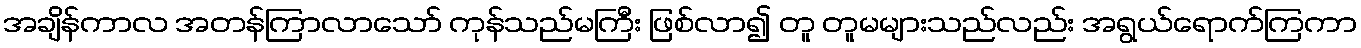
အချိန်ကာလ အတန်ကြာလာသော် ကုန်သည်မကြီး ဖြစ်လာ၍ တူ တူမများသည်လည်း အရွယ်ရောက်ကြကာ